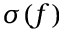
\sigma ( f )